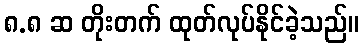
၈.၈ ဆ တိုးတက် ထုတ်လုပ်နိုင်ခဲ့သည်။